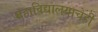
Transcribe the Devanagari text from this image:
महाविद्यालयाचेही